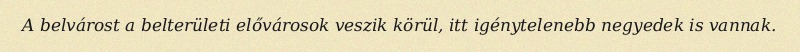
A belvárost a belterületi elővárosok veszik körül, itt igénytelenebb negyedek is vannak.